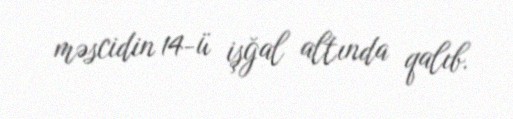
məscidin 14-ü işğal altında qalıb.